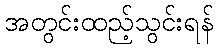
အတွင်းထည့်သွင်းရန်